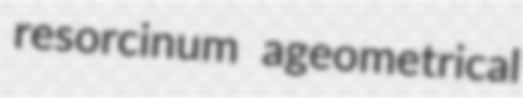
resorcinum ageometrical